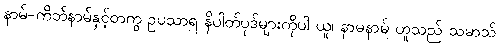
နာမ်-ကိတ်နာမ်နှင့်တကွ ဥပသာရ နိပါတ်ပုဒ်များကိုပါ ယူ၊ နာမနာမ် ဟူသည် သမာသ်